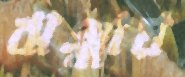
ঝঞ্ঝায়